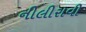
નીલીરાવી